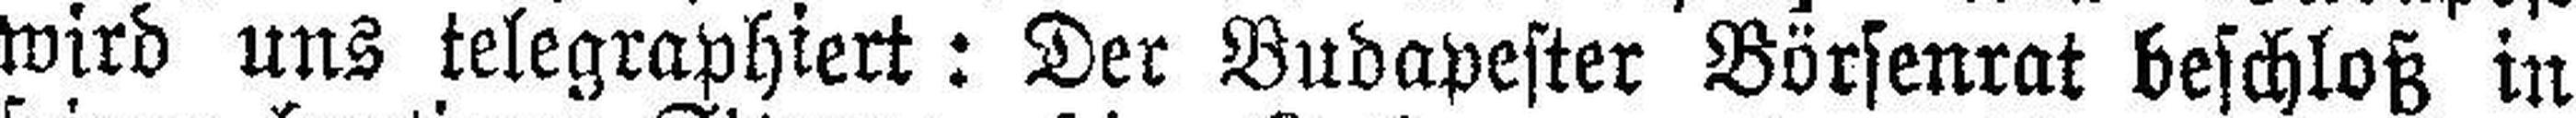
wird uns telegraphiert: Der Budapester Börsenrat beschloß in